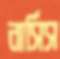
নার্সিস